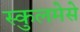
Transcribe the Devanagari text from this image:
स्कुलमेसे